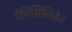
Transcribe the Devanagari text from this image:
पेनिसिलिनेज